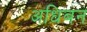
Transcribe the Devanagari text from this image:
अधिबन